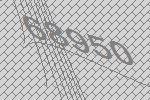
68950